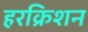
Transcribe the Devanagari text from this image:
हरक्रिशन